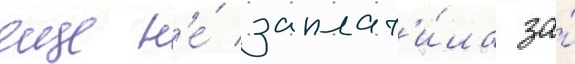
еще н'е́ заплат'и́ла за́